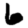
Digit: 6